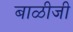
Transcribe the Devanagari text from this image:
बाळीजी